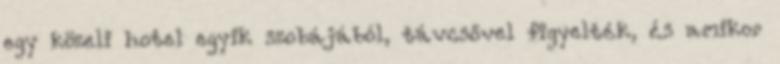
egy közeli hotel egyik szobájából, távcsővel figyelték, és amikor